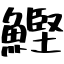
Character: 鰹